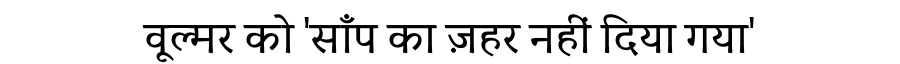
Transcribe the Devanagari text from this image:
वूल्मर को 'साँप का ज़हर नहीं दिया गया'